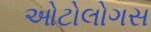
ઓટોલોગસ